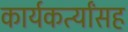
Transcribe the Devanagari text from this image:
कार्यकर्त्यांसह